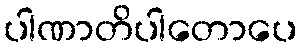
ပါဏာတိပါတောပေ